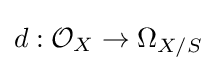
d:{\mathcal {O}}_{X}\to \Omega _{X/S}